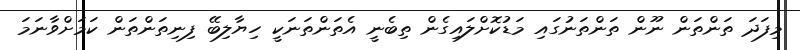
މިފަދަ ތަންތަން ނޫން ތަންތަނުގައި މަޑުކޮށްލައިގެން ތިބެނީ އެތަންތަނަކީ ހިޔާލިބޭ ފިނިތަންތަން ކަމަށްވާނަމަ